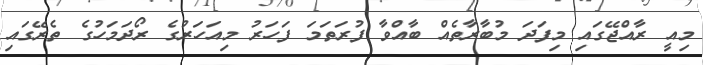
މިއީ ރާއްޖޭގައި މިފަދަ މުބާރާތެއް ބާއްވާ ފުރަތަމަ ފަހަރު މިއަހަރުގެ ރޯދަމަހުގެ ތެރޭގައި